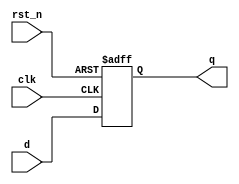
//////////Flip_Flop_multi_bit///////////
module flip_flop_M(clk ,rst_n ,d,q);

///---inputs--////
input clk,rst_n;
input [15:0]  d;

///---outputs---///
output reg [15:0] q;


always @(posedge clk or negedge rst_n)
 begin 
	if(!rst_n)
		q<=0;
	else 
		q<=d;
 
 end 
 
 endmodule